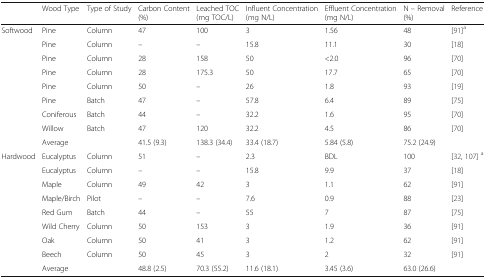
|  | Wood Type | Type of Study | Carbon Content (%) | Leached TOC (mg TOC/L) | Influent Concentration (mg N/L) | Effluent Concentration (mg N/L) | N – Removal (%) | Reference |
 | --- | --- | --- | --- | --- | --- | --- | --- | --- |
 | <ROWSPAN=9> Softwood | Pine | Column | 47 | 100 | 3 | 1.56 | 48 | [91]a |
 | Pine | Column | – | – | 15.8 | 11.1 | 30 | [18] |
 | Pine | Column | 28 | 158 | 50 | <2.0 | 96 | [70] |
 | Pine | Column | 28 | 175.3 | 50 | 17.7 | 65 | [70] |
 | Pine | Column | 50 | – | 26 | 1.8 | 93 | [19] |
 | Pine | Batch | 47 | – | 57.8 | 6.4 | 89 | [75] |
 | Coniferous | Batch | 44 | – | 32.2 | 1.6 | 95 | [70] |
 | Willow | Batch | 47 | 120 | 32.2 | 4.5 | 86 | [70] |
 | Average |  | 41.5 (9.3) | 138.3 (34.4) | 33.4 (18.7) | 5.84 (5.8) | 75.2 (24.9) |  |
 | <ROWSPAN=9> Hardwood | Eucalyptus | Column | 51 | – | 2.3 | BDL | 100 | [32, 107] a |
 | Eucalyptus | Column | – | – | 15.8 | 9.9 | 37 | [18] |
 | Maple | Column | 49 | 42 | 3 | 1.1 | 62 | [91] |
 | Maple/Birch | Pilot | – | – | 7.6 | 0.9 | 88 | [23] |
 | Red Gum | Batch | 44 | – | 55 | 7 | 87 | [75] |
 | Wild Cherry | Column | 50 | 153 | 3 | 1.9 | 36 | [91] |
 | Oak | Column | 50 | 41 | 3 | 1.2 | 62 | [91] |
 | Beech | Column | 50 | 45 | 3 | 2 | 32 | [91] |
 | Average |  | 48.8 (2.5) | 70.3 (55.2) | 11.6 (18.1) | 3.45 (3.6) | 63.0 (26.6) |  |